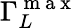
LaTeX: \Gamma_{L}^{\mathrm{~m~a~x~}}